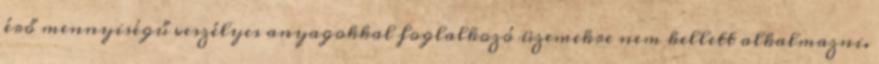
érő mennyiségű veszélyes anyagokkal foglalkozó üzemekre nem kellett alkalmazni.